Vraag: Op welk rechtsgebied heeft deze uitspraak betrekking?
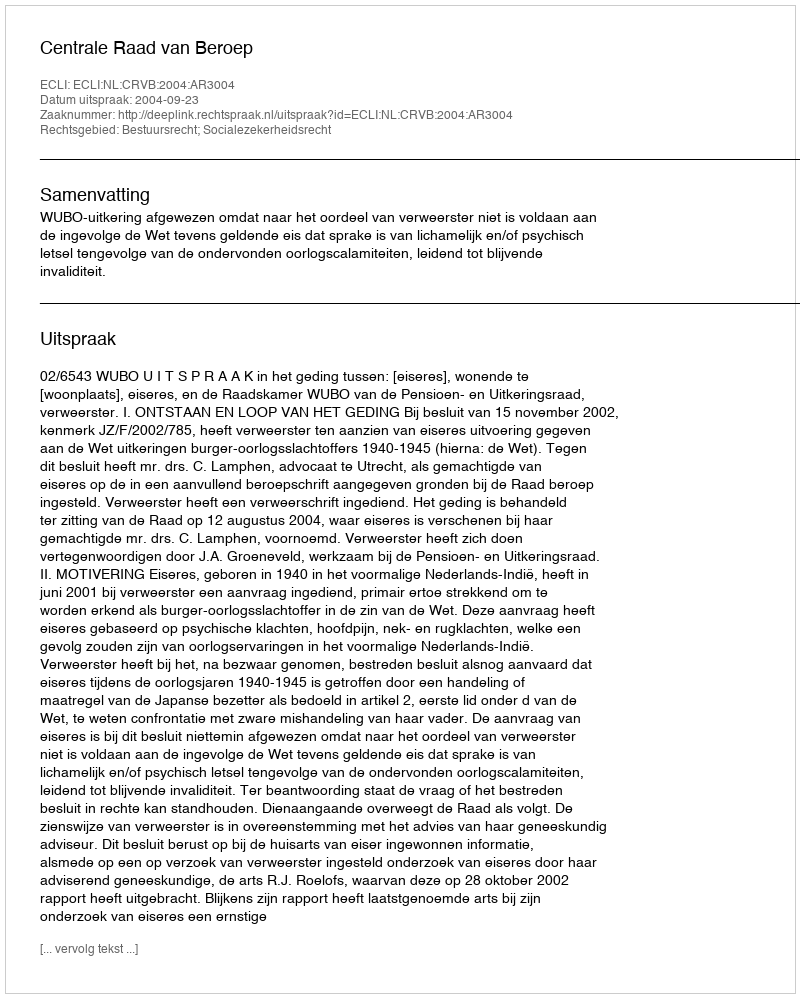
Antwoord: Bestuursrecht; Socialezekerheidsrecht